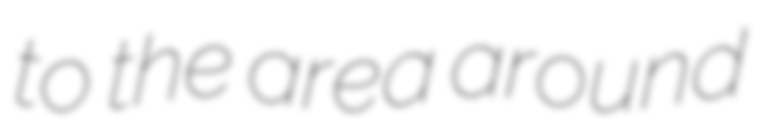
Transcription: to the area around